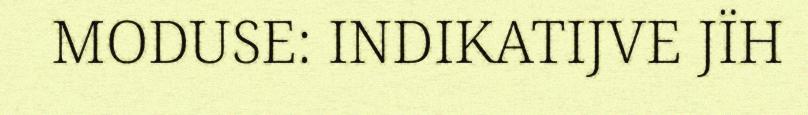
MODUSE: INDIKATIJVE JÏH